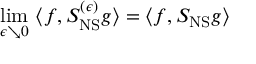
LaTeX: \operatorname * { l i m } _ { \epsilon \searrow 0 } \, \, \langle f , S _ { \mathrm { N S } } ^ { ( \epsilon ) } g \rangle = \langle f , S _ { \mathrm { N S } } g \rangle